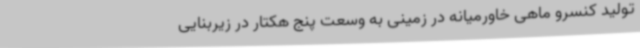
تولید کنسرو ماهی خاورمیانه در زمینی به وسعت پنج هکتار در زیربنایی